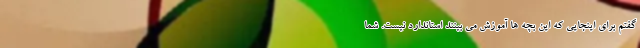
گفتم برای اینجایی که این بچه ها آموزش می بینند استاندارد نیست. شما